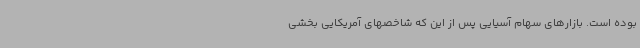
بوده است. بازارهای سهام آسیایی پس از این که شاخصهای آمریکایی بخشی